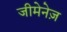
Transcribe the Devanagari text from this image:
जीमेनेज़